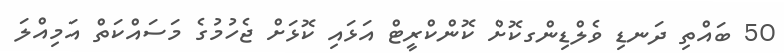
50 ބައްތި ދަނޑި ވެލްޑިންގކޮށް ކޮންކްރީޓް އަޅައި ކޮޅަށް ޖެހުމުގެ މަސައްކަތް އަމިއްލަ